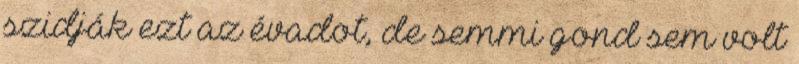
szidják ezt az évadot, de semmi gond sem volt